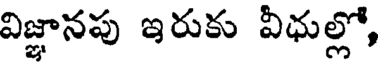
విజ్ఞానపు ఇరుకు వీధుల్లో,